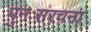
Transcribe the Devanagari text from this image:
पुनःसंरचना